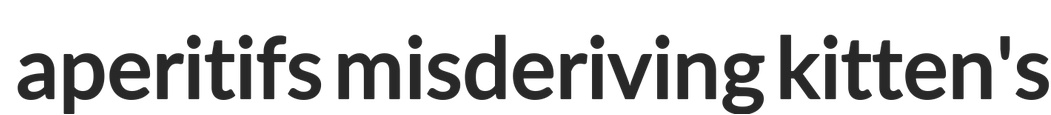
aperitifs misderiving kitten's